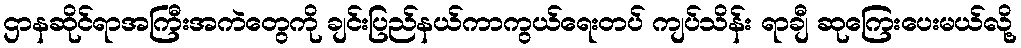
ဌာနဆိုင်ရာအကြီးအကဲတွေကို ချင်းပြည်နယ်ကာကွယ်ရေးတပ် ကျပ်သိန်း ရာချီ ဆုကြေးပေးမယ်လို့